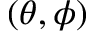
( \theta , \phi )